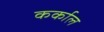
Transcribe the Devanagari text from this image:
कर्काल